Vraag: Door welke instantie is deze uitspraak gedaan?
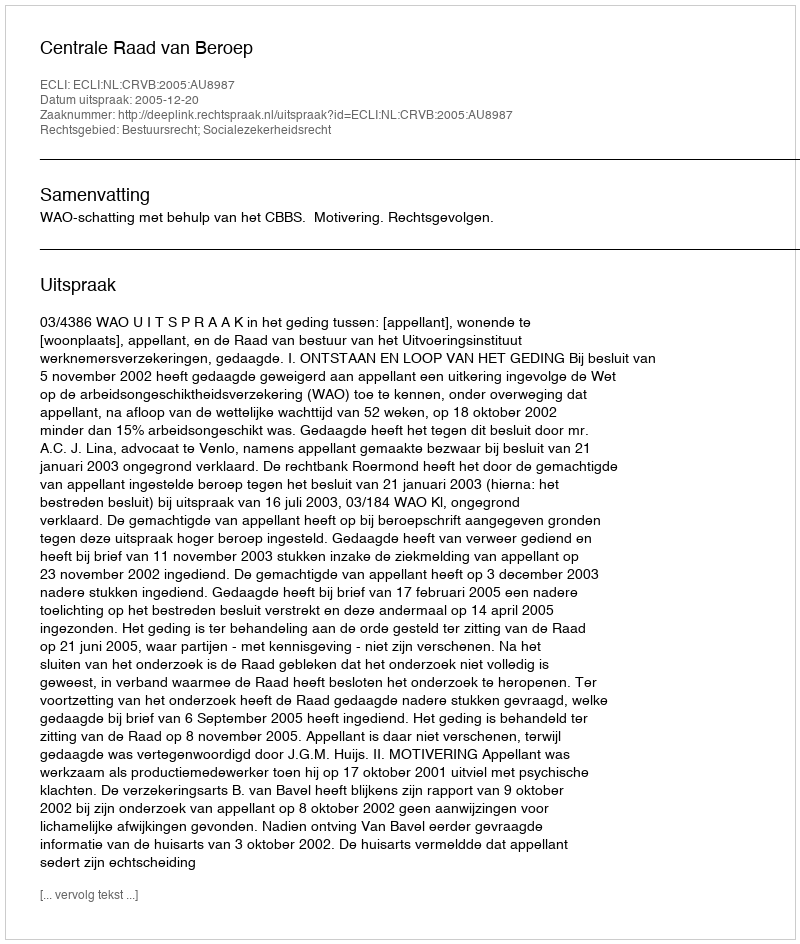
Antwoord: Centrale Raad van Beroep